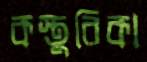
কস্তুরিকা